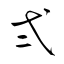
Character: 弍